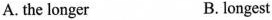
A. the longer B. longest